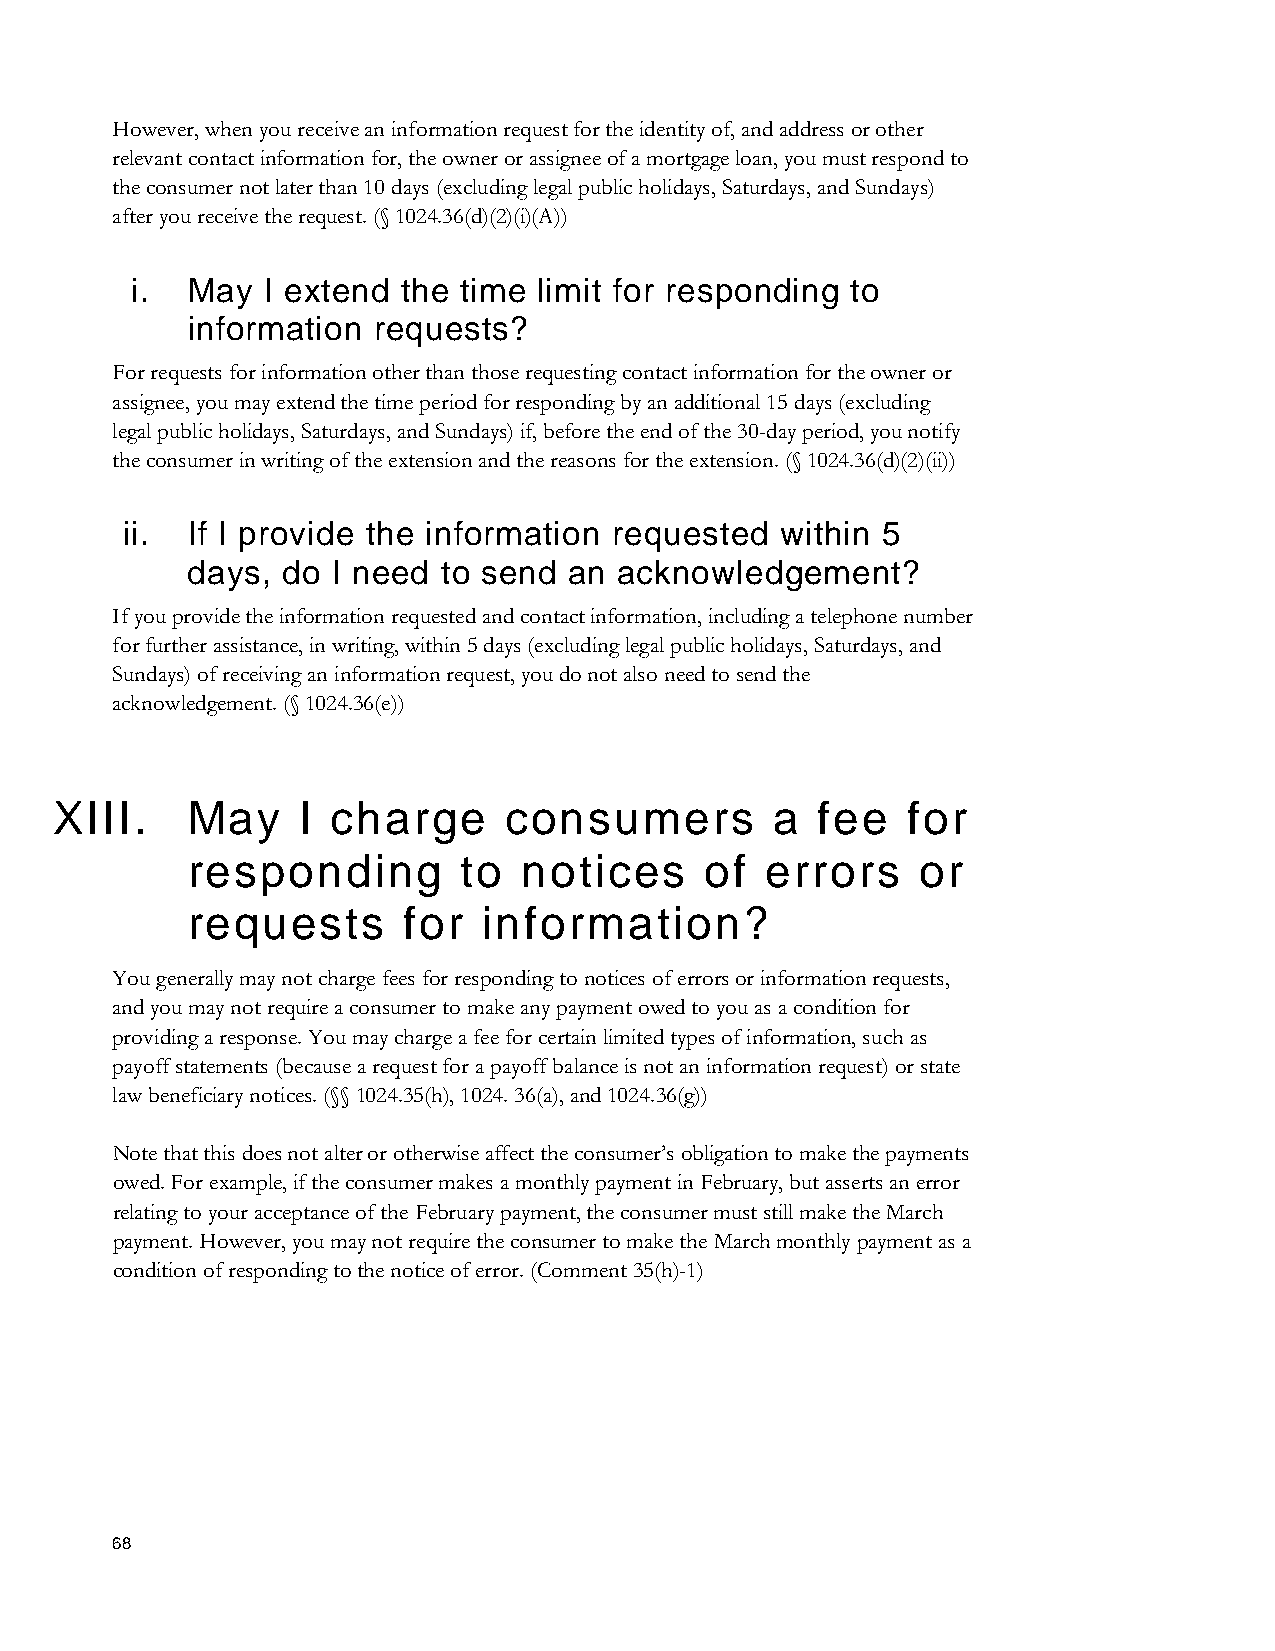
However, when you receive an information request for the identity of, and address or other
 relevant contact information for, the owner or assignee of a mortgage loan, you must respond to
 the consumer not later than 10 days (excluding legal public holidays, Saturdays, and Sundays)
 after you receive the request. (§ 1024.36(d)(2)(i)(A))
 i. May  I extend  the time limit for responding to
 information  requests?
 For requests for information other than those requesting contact information for the owner or
 assignee, you may extend the time period for responding by an additional 15 days (excluding
 legal public holidays, Saturdays, and Sundays) if, before the end of the 30-day period, you notify
 the consumer in writing of the extension and the reasons for the extension. (§ 1024.36(d)(2)(ii))
 ii. If I provide the information requested  within 5
 days,  do I need to send  an acknowledgement?
 If you provide the information requested and contact information, including a telephone number
 for further assistance, in writing, within 5 days (excluding legal public holidays, Saturdays, and
 Sundays) of receiving an information request, you do not also need to send the
 acknowledgement. (§ 1024.36(e))
 XIII.    May     I charge      consumers        a  fee   for
 responding         to  notices     of  errors    or
 requests       for  information?
 You generally may not charge fees for responding to notices of errors or information requests,
 and you may not require a consumer to make any payment owed to you as a condition for
 providing a response. You may charge a fee for certain limited types of information, such as
 payoff statements (because a request for a payoff balance is not an information request) or state
 law beneficiary notices. (§§ 1024.35(h), 1024. 36(a), and 1024.36(g))
 Note that this does not alter or otherwise affect the consumer’s obligation to make the payments
 owed. For example, if the consumer makes a monthly payment in February, but asserts an error
 relating to your acceptance of the February payment, the consumer must still make the March
 payment. However, you may not require the consumer to make the March monthly payment as a
 condition of responding to the notice of error. (Comment 35(h)-1)
 68